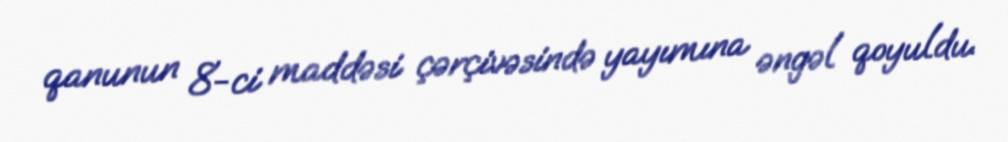
qanunun 8-ci maddəsi çərçivəsində yayımına əngəl qoyuldu.